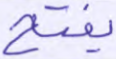
يفتح